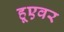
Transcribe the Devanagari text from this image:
हूएवर